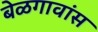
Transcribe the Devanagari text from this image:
बेळगावांस